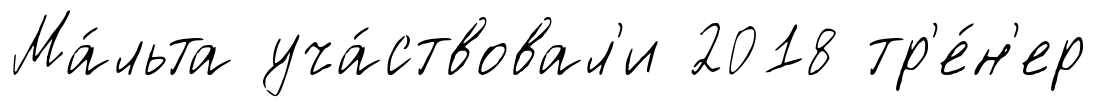
Ма́льта уча́ствовал'и 2018 тр'е́н'ер